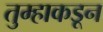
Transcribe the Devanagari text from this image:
तुम्हाकडून